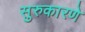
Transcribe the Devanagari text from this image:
सुरुकारणे